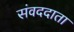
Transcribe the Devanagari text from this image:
संवददाता